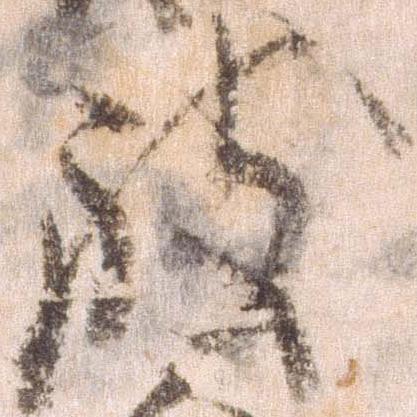
致